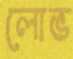
লোভ